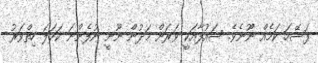
ފަސޭހަ ކަމެއް ނޫނެވެ. ޝައުފާއަކީ ވަރަށް މަދުން ނޫނީ ނުފެންނަ ކަހަލަ ހިތްވަރު